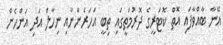
އޭނާ ބާއްވާފައި އޮތް ކޮޓަރީގެ ދޮރުމަތީގައި ތިބީ އަހަރެންނާއި ނިހާލް އަދި އަންހެން